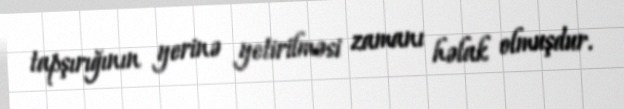
tapşırığının yerinə yetirilməsi zamanı həlak olmuşdur.